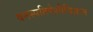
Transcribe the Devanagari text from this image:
वनस्पतिपेशीविज्ञान